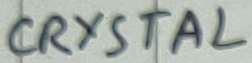
Text: CRYSTAL